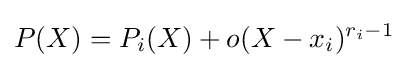
P(X)=P_{i}(X)+o(X-x_{i})^{r_{i}-1}